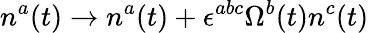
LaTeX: n^{a}(t)\rightarrow n^{a}(t)+\epsilon^{abc}\Omega^{b}(t)n^{c}(t)